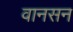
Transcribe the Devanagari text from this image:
वानसन